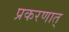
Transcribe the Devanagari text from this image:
प्रकरणात्‌